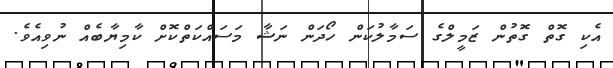
އެކި ގޮތް ގޮތުން ޒަމީލްގެ ސަމާލުކަން ހޯދަން ނަޝާ މަސައްކަތްކޮށް ކާމިޔާބެއް ނުވިއެވެ.